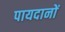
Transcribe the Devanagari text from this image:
पायदानों